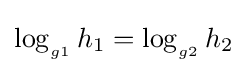
\log _{_{g1}}h_{1}=\log _{_{g2}}h_{2}